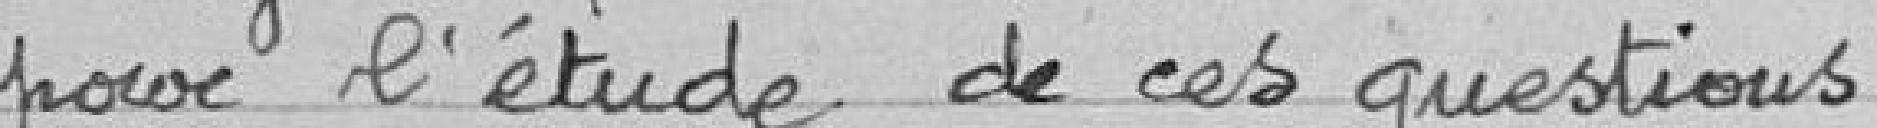
pour l'étude de ces questions.